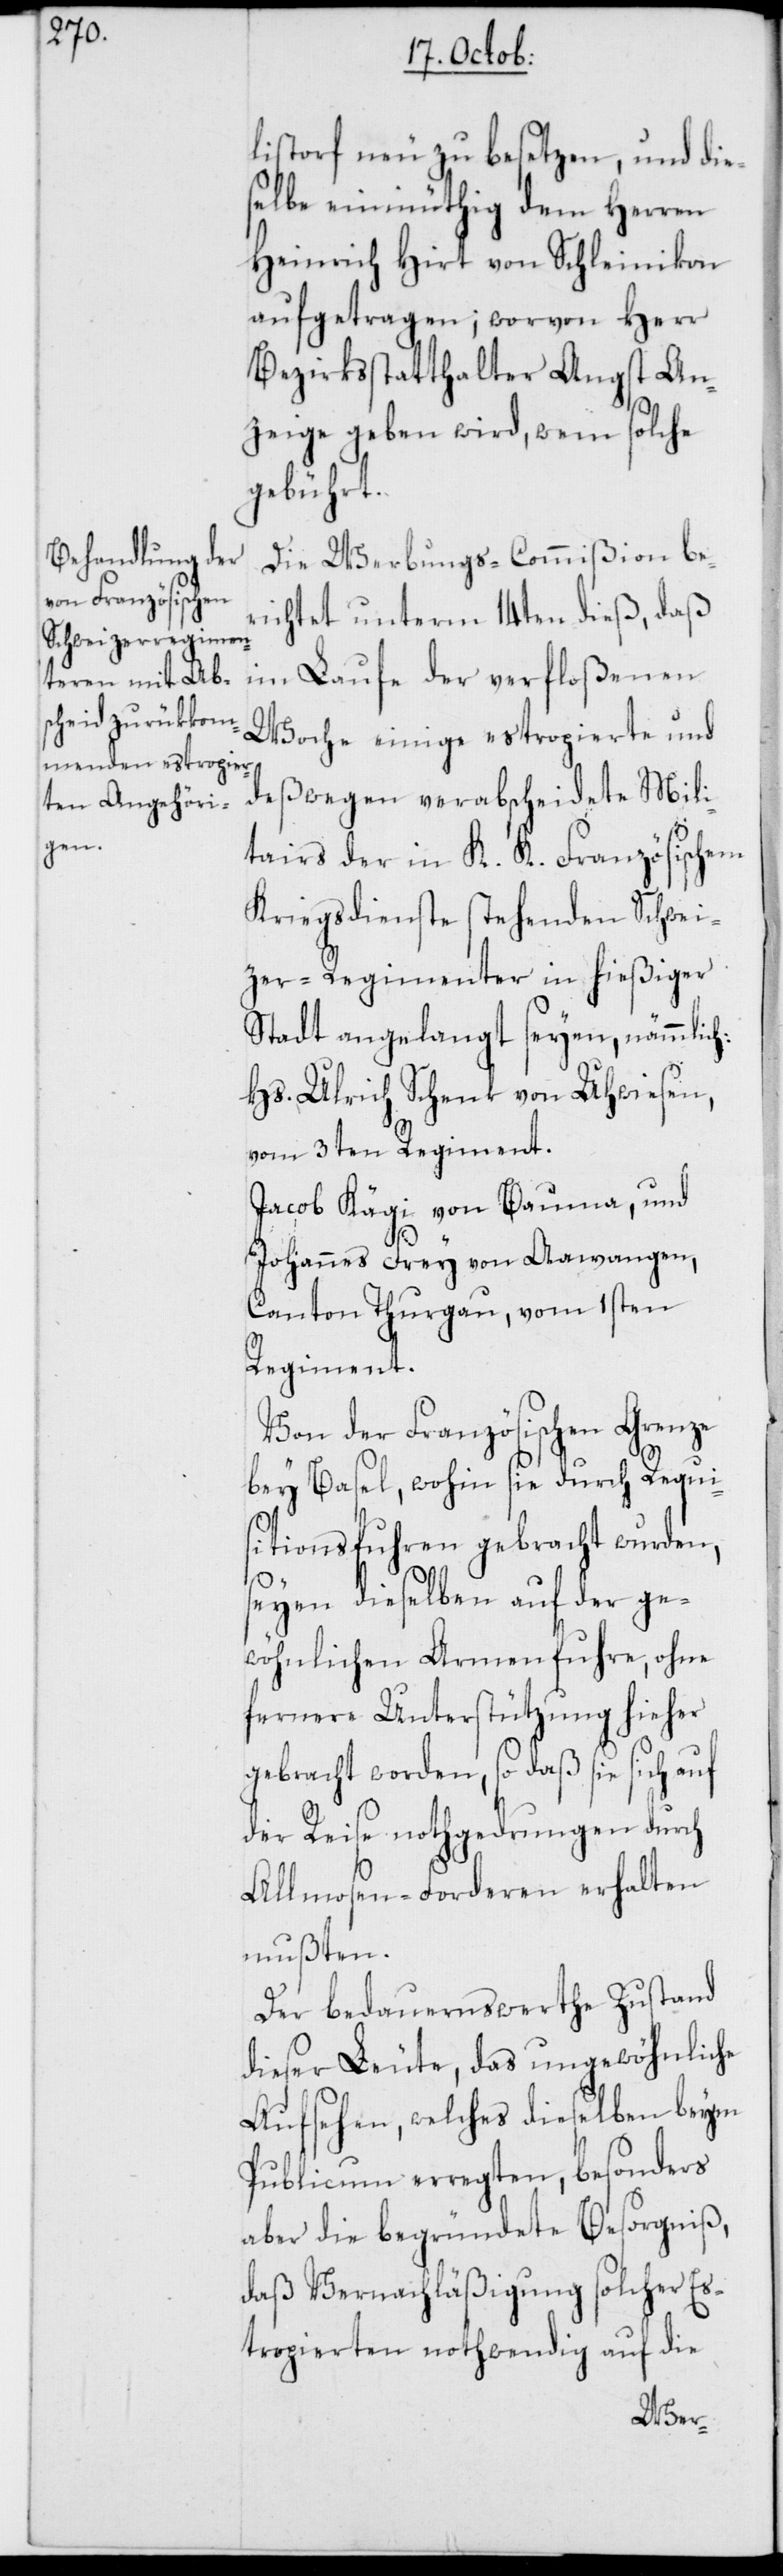
listorf neu zu besetzen, und die¬
selbe einmüthig dem Herren
Heinrich Hirt von Schleinikon
aufgetragen; worvon Herr
Bezirksstatthalter Angst An¬
zeige geben wird, wem solche
gebührt.
Die Werbungs-Commißion ber¬
ichtet unterm 14ten dieß, daß
im Laufe der verfloßenen
Woche einige estropierte und
deswegen verabscheidete Mili¬
tairs der in K. K. Französischem
Kriegsdienste stehenden Schwei¬
zer-Regimenter in hießiger
Stadt angelangt seyen, nämmlich:
Hs. Ulrich Schenk von Uhwiesen,
vom 3ten Regiment.
Jacob Kägi von Bauma, und
Johannes Frey von Aawangen,
Canton Thurgau, vom 1sten
Regiment.
Von der Französischen Grenze
bey Basel, wohin sie durch Requi¬
sitionsfuhren gebracht wurden,
seyen dieselben auf der ge¬
wöhnlichen Armenfuhre, ohne
fernere Unterstützung hieher
gebracht worden, so daß sie sich auf
der Reise nothgedrungen durch
Almosen-Forderen erhalten
mußten.
Der bedauernswerthe Zustand
dieser Leute, das ungewöhnliche
Aufsehen, welches dieselben beym
Publicum erregten, besonders
aber die begründete Besorgniß,
daß Vernachläßigung solcher Es¬
tropierten nothwendig auf die